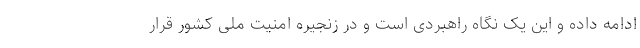
ادامه داده و این یک نگاه راهبردی است و در زنجیره امنیت ملی کشور قرار